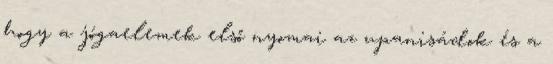
hogy a jógaelemek első nyomai az upanisádok és a